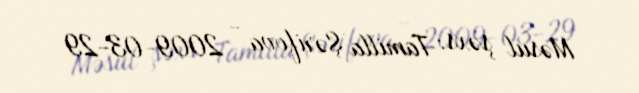
Məsul şəxs: Tamilla Şərifova - 2009-03-29